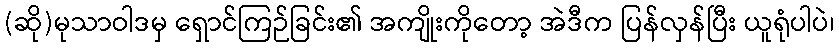
(ဆို)မုသာဝါဒမှ ရှောင်ကြဉ်ခြင်း၏ အကျိုးကိုတော့ အဲဒီက ပြန်လှန်ပြီး ယူရုံပါပဲ၊